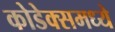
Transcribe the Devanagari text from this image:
कोडेक्समध्ये